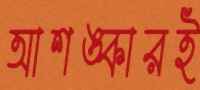
আশঙ্কারই